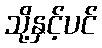
သို့နှင့်ပင်